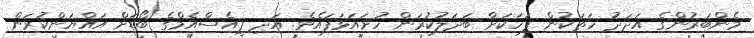
މެންބަރުންގެ އަދަދު ހަތަކުން ފަހަކަށް ބަދަލުކުރަން ހުށައަޅަފައެވެ. އަދި ޕީއެސްއެމްގެ ބޯޑަށް އައްޔަންކުރަން